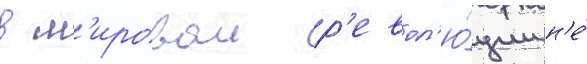
в м'ировои р'евол'ю́ции н'е́